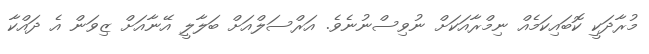
މުރާދަކީ ކޮބައިކަމެއް ނިމްރާއަކަށް ނުވިސްނުނެވެ. އަރްސަލްއަށް ބަލާލީ އޭނާއަށް ޒިވަން އެ ދައްކާ